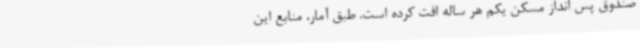
صندوق پس انداز مسکن یکم هر ساله افت کرده است. طبق آمار، منابع این